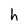
Character: h